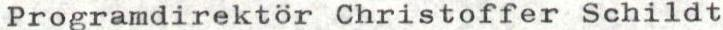
Programdirektör Christoffer Schildt